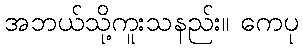
အဘယ်သို့ကူးသနည်း။ ကေပု